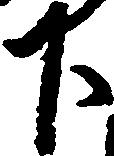
下